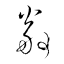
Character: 翁